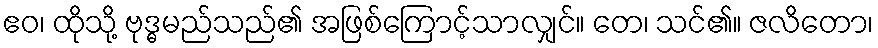
ဧဝ၊ ထိုသို့ ဗုဒ္ဓမည်သည်၏ အဖြစ်ကြောင့်သာလျှင်။ တေ၊ သင်၏။ ဇလိတော၊